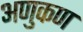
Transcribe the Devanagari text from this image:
अणुकण